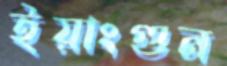
ইয়াংগুন